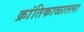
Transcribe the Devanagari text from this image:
क्रांतिकाळातला